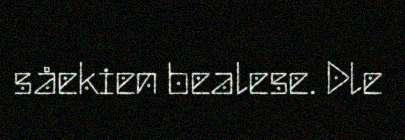
såekien bealese. Dle